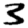
Digit: 3